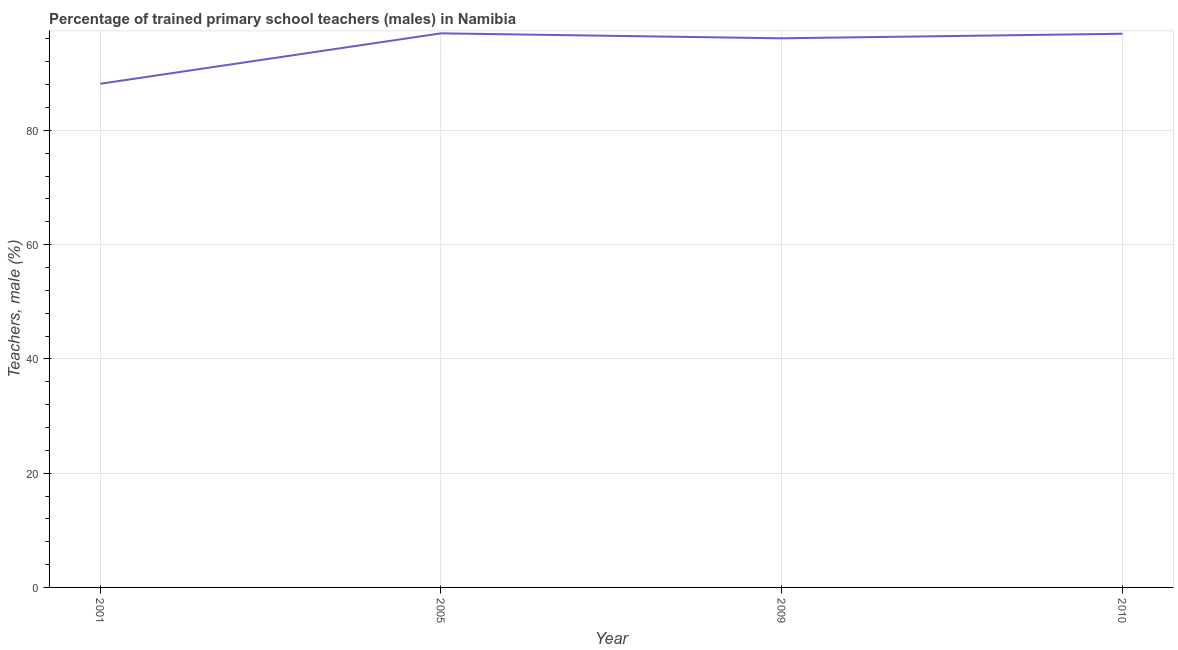
| Year | Trained teachers male |
 | --- | --- |
 | 2001 | 88.2 |
 | 2005 | 97 |
 | 2009 | 96.1 |
 | 2010 | 96.9 |